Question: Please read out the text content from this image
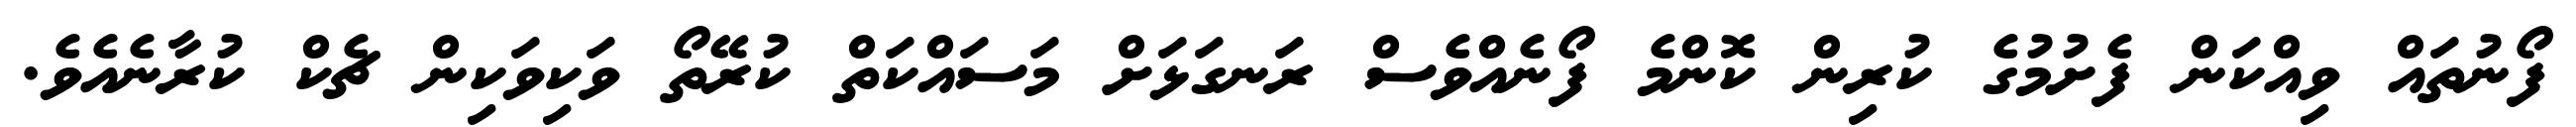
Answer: ފޯނުތައް ވިއްކަން ފެށުމުގެ ކުރިން ކޮންމެ ފޯނެއްވެސް ރަނގަޅަށް މަސައްކަތް ކުރޭތޯ ވަކިވަކިން ޗެކް ކުރާނެއެވެ.